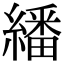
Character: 繙